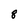
Character: 8